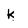
Character: k